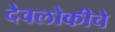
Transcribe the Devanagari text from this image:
देवलोकीचे